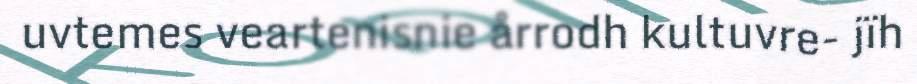
uvtemes veartenisnie årrodh kultuvre- jïh